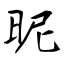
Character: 昵